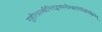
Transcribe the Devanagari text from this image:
गृहीत्वास्थीनितद्भस्मनीत्वातोयेविनिक्षिपेत्